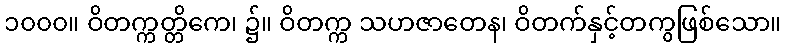
၁၀၀၀။ ဝိတက္ကတ္တိကေ၊ ၌။ ဝိတက္က သဟဇာတေန၊ ဝိတက်နှင့်တကွဖြစ်သော။